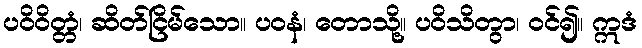
ပဝိဝိတ္တံ၊ ဆိတ်ငြိမ်သော။ ပဝနံ၊ တောသို့။ ပဝိသိတွာ၊ ဝင်၍။ ဣဒံ